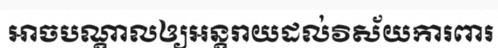
អាចបណ្តាលឲ្យអន្តរាយដល់វិស័យការពារ